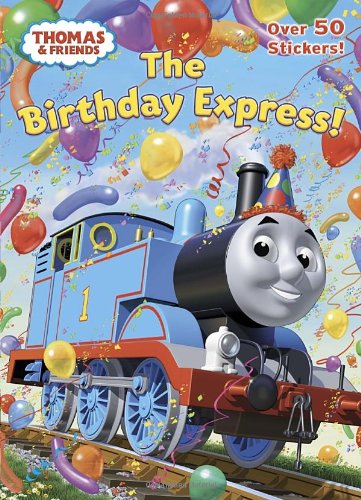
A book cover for The Birthday Express! (Thomas & Friends); Rev. W. Awdry; Children's Books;